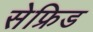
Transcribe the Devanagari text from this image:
सेफ्रिड